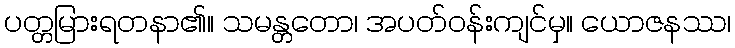
ပတ္တမြားရတနာ၏။ သမန္တတော၊ အပတ်ဝန်းကျင်မှ။ ယောဇနဿ၊